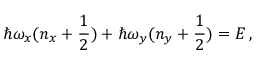
\hbar \omega _ { x } ( n _ { x } + \frac { 1 } { 2 } ) + \hbar \omega _ { y } ( n _ { y } + \frac { 1 } { 2 } ) = E \, ,